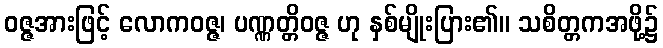
ဝဇ္ဇအားဖြင့် လောကဝဇ္ဇ၊ ပဏ္ဏတ္တိဝဇ္ဇ ဟု နှစ်မျိုးပြား၏။ သစိတ္တကအဖို့၌